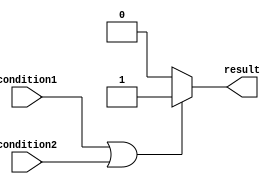
module if_else_statement_or (
    input wire condition1,
    input wire condition2,
    output reg result
);

always @ (*)
begin
    if (condition1 || condition2) begin
        // Block of code to be executed when any of the conditions are true
        result <= 1;
    end 
    else begin
        // Block of code to be executed when none of the conditions are true
        result <= 0;
    end
end

endmodule